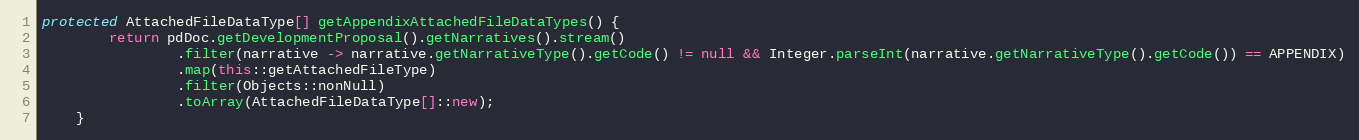
Language: Java
protected AttachedFileDataType[] getAppendixAttachedFileDataTypes() {
        return pdDoc.getDevelopmentProposal().getNarratives().stream()
                .filter(narrative -> narrative.getNarrativeType().getCode() != null && Integer.parseInt(narrative.getNarrativeType().getCode()) == APPENDIX)
                .map(this::getAttachedFileType)
                .filter(Objects::nonNull)
                .toArray(AttachedFileDataType[]::new);
    }